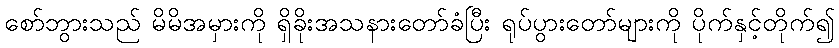
စော်ဘွားသည် မိမိအမှားကို ရှိခိုးအသနားတော်ခံပြီး ရုပ်ပွားတော်များကို ပိုက်နှင့်တိုက်၍